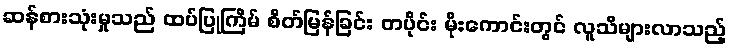
ဆန်စားသုံးမှုသည် ထပ်ပြုကြိမ် စိတ်မြန်ခြင်း တပိုင်း မိုးကောင်းတွင် လူသိများလာသည့်